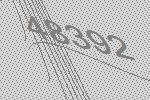
48392